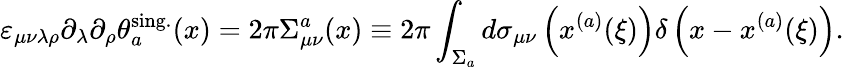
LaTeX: \varepsilon_{\mu\nu\lambda\rho}\partial_{\lambda}\partial_{\rho}\theta_{a}^{\mathrm{sing.}}(x)=2\pi\Sigma_{\mu\nu}^{a}(x)\equiv 2\pi\int_{\Sigma_{a}}^{}d\sigma_{\mu\nu}\left(x^{(a)}(\xi)\right)\delta\left(x-x^{(a)}(\xi)\right).